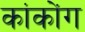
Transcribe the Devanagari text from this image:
कांकोंग